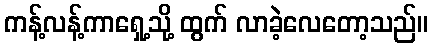
ကန့်လန့်ကာရှေ့သို့ ထွက် လာခဲ့လေတော့သည်။